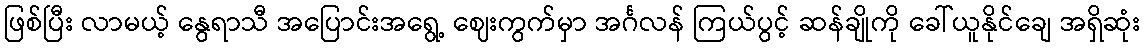
ဖြစ်ပြီး လာမယ့် နွေရာသီ အပြောင်းအရွေ့ ဈေးကွက်မှာ အင်္ဂလန် ကြယ်ပွင့် ဆန်ချိုကို ခေါ်ယူနိုင်ချေ အရှိဆုံး